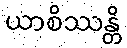
ယာစိဿန္တိ